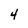
Character: 4